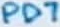
Text: PD7